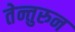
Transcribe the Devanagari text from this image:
तेन्तुरुन